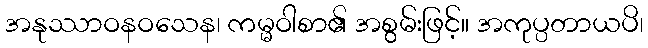
အနုဿာဝနဝသေန၊ ကမ္မဝါစာ၏ အစွမ်းဖြင့်။ အကုပ္ပတာယပိ၊